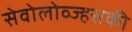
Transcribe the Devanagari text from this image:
सेवोलोव्ज्हसकी